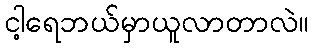
ငါ့ရေဘယ်မှာယူလာတာလဲ။